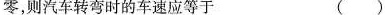
零，则汽车转弯时的车速应等于 ( )